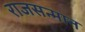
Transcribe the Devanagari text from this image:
राजसन्मान